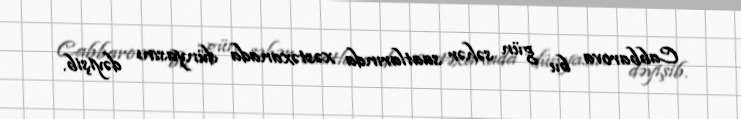
Cabbarova bu gün səhər saatlarında xəstəxanada dünyasını dəyişib.